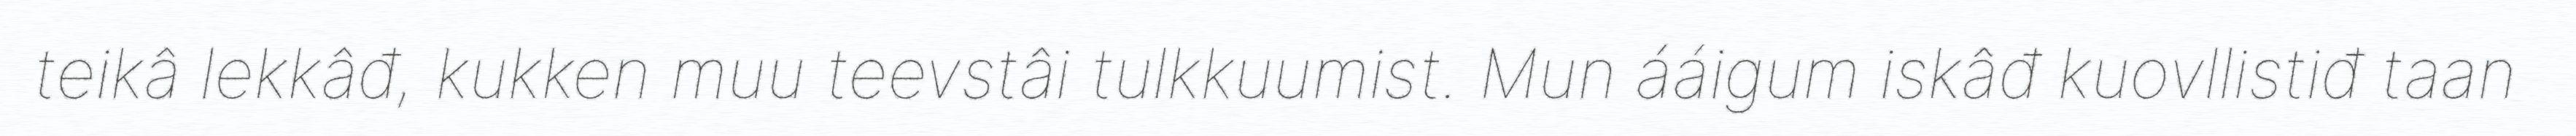
teikâ lekkâđ, kukken muu teevstâi tulkkuumist. Mun ááigum iskâđ kuovllistiđ taan